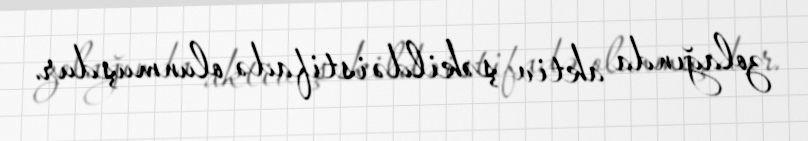
zolağında aktiv şəkildə istifadə olunmuşdur.